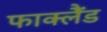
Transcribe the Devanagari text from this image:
फाक्लैंड